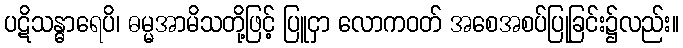
ပဋိသန္ဓာရေပိ၊ ဓမ္မအာမိသတို့ဖြင့် ပြူငှာ လောကဝတ် အစေအစပ်ပြုခြင်း၌လည်း။